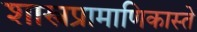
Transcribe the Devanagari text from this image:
शास्त्रप्रामाणिकास्ते